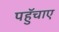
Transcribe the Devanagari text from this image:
पहुॅचाए